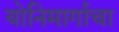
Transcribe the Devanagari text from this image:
योनिमार्गाचा